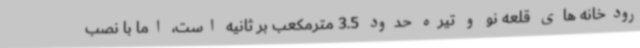
رودخانه های قلعه نو و تیره حدود 3.5 مترمکعب بر ثانیه است، اما با نصب